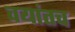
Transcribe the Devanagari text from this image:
वयांतच